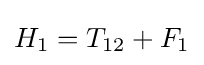
H_{1}=T_{12}+F_{1}